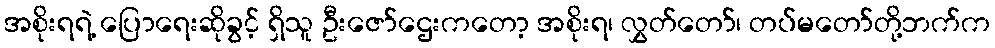
အစိုးရရဲ့ ပြောရေးဆိုခွင့် ရှိသူ ဦးဇော်ဌေးကတော့ အစိုးရ၊ လွှတ်တော်၊ တပ်မတော်တို့ဘက်က